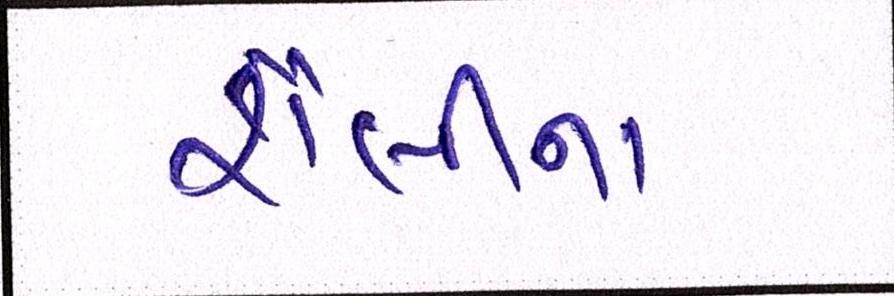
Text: શૈલીનાં